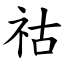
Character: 祜